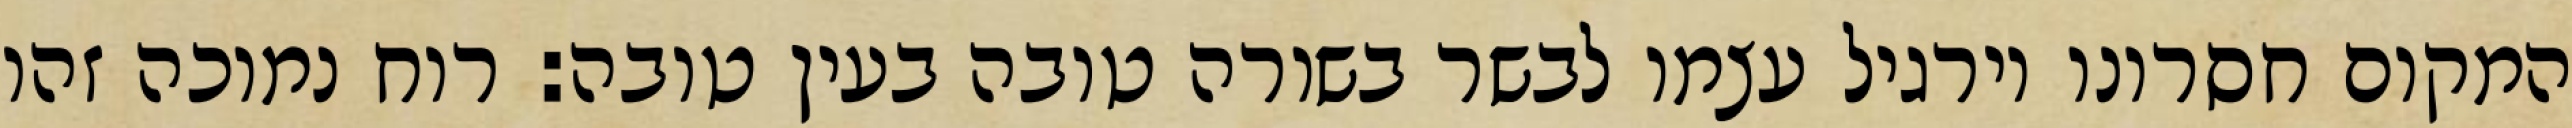
המקום חסרונו וירגיל עצמו לבשר בשורה טובה בעין טובה: רוח נמוכה זהו